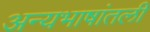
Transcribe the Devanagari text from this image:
अन्यभाषांतली